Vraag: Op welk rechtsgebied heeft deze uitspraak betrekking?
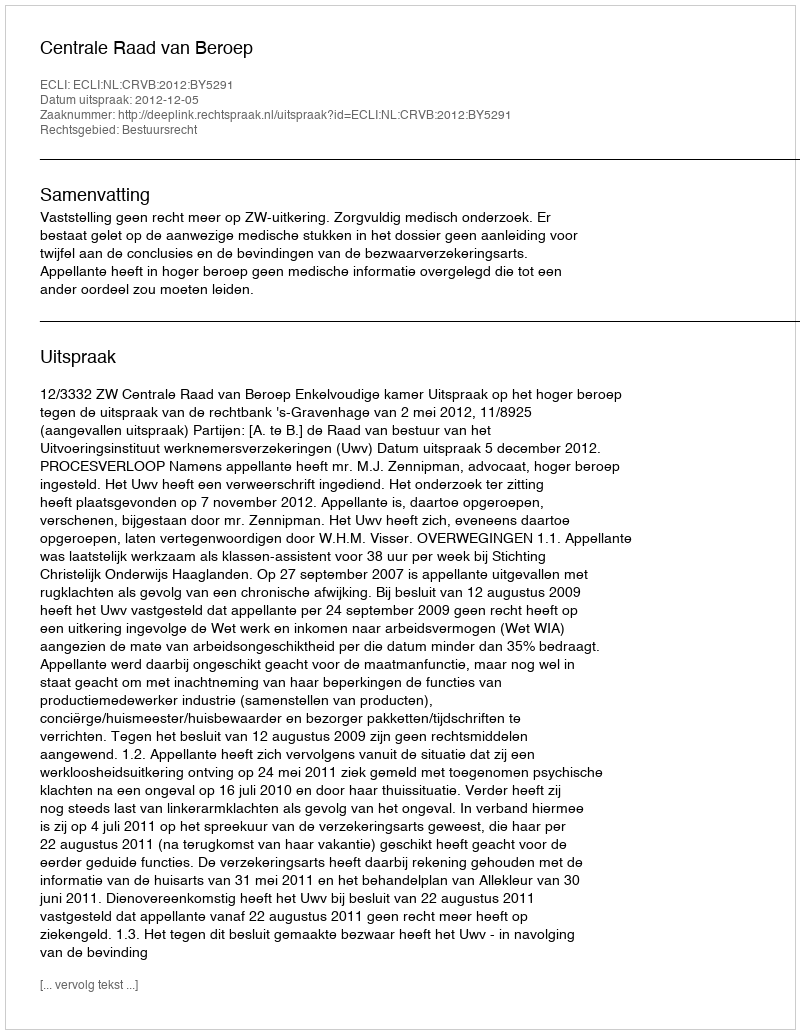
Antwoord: Bestuursrecht